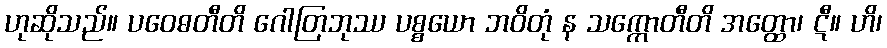
ဟုဆိုသည်။ ပဝေဓတီတိ ဂေါတြဘုဿ ပစ္စယော ဘဝိတုံ န သက္ကောတီတိ အတ္ထော၊ ဋီ။ ဟိ၊